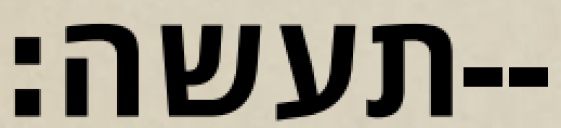
תעשה׃--